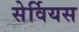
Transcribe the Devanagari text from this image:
सेर्वियस